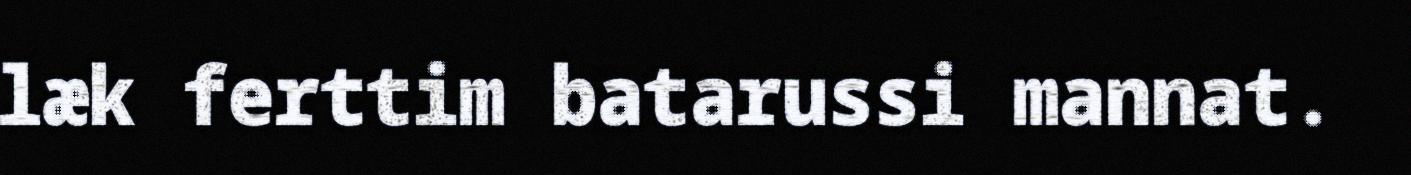
læk ferttim batarussi mannat.